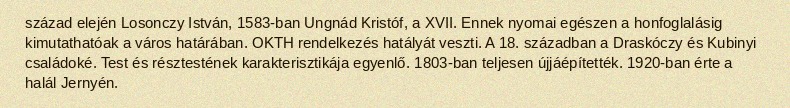
század elején Losonczy István, 1583-ban Ungnád Kristóf, a XVII. Ennek nyomai egészen a honfoglalásig kimutathatóak a város határában. OKTH rendelkezés hatályát veszti. A 18. században a Draskóczy és Kubinyi családoké. Test és résztestének karakterisztikája egyenlő. 1803-ban teljesen újjáépítették. 1920-ban érte a halál Jernyén.